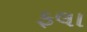
ફલા